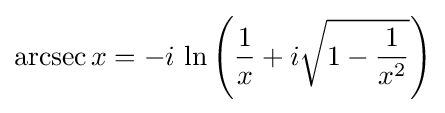
\operatorname {arcsec} x=-i\,\ln \left({\frac {1}{x}}+i{\sqrt {1-{\frac {1}{x^{2}}}}}\right)